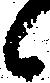
候